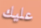
عليك